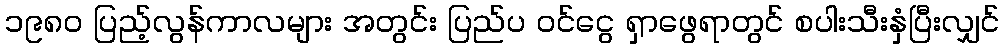
၁၉၈၀ ပြည့်လွန်ကာလများ အတွင်း ပြည်ပ ဝင်ငွေ ရှာဖွေရာတွင် စပါးသီးနှံပြီးလျှင်